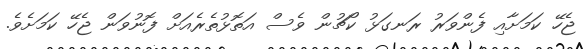
ޖެހޭ ކަމަށާއި ފެންވަރު ރަނގަޅު ކޯޗުން ވެސް އަތޮޅުތެރެއަށް ފޮނުވަން ޖެހޭ ކަމަށެވެ.